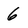
Character: 6